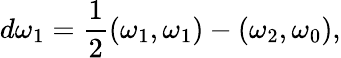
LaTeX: d\omega_{1}={\frac{1}{2}}(\omega_{1},\omega_{1})-(\omega_{2},\omega_{0}),